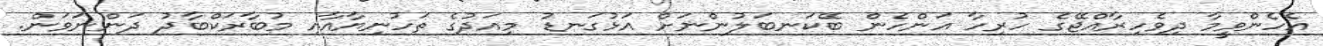
އެހެންވީމާ ދިވެހިރާއްޖޭގެ ހުރިހާ އަންހެން ބޭކަނބަލުންނަށް އަޅުގަނޑު މިއަދުގެ ތަހުނިޔާއާއި މުބާރަކްބާދު ދަންނަވަން.